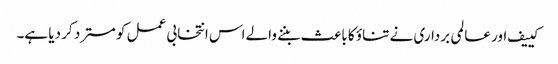
کییف اور عالمی برداری نے تناؤ کا باعث بننے والے اس انتخابی عمل کو مسترد کر دیا ہے۔